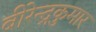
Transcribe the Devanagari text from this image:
बीरेन्द्रकुमार